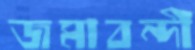
জমাবন্দী